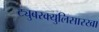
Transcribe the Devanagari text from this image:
ट्युबरक्युलिसारखा